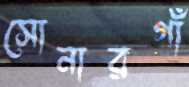
সোনারগাঁ